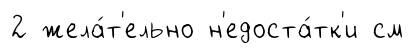
2 жела́т'ельно н'едоста́тк'и см